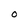
Character: 0